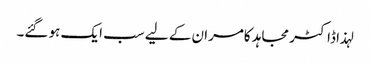
لہذا ڈاکٹر مجاہد کامران کے لیے سب ایک ہو گئے۔